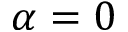
\alpha = 0